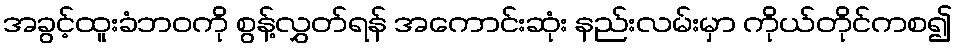
အခွင့်ထူးခံဘဝကို စွန့်လွှတ်ရန် အကောင်းဆုံး နည်းလမ်းမှာ ကိုယ်တိုင်ကစ၍